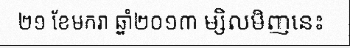
២១ ខែមករា ឆ្នាំ២០១៣ ម្សិលមិញនេះ